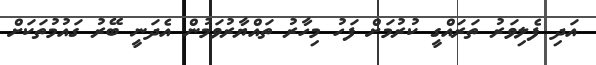
އަދި ފެލިވަރު ތަރައްގީ ކުރުމަށް ފަހު މިހާރު ތައްޔާރުވަމުން އެދަނީ ބޭރު ގައުމުތަކަށް